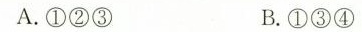
A. ①②③ B. ①③④